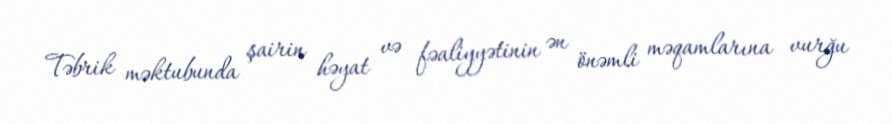
Təbrik məktubunda şairin həyat və fəaliyyətinin ən önəmli məqamlarına vurğu